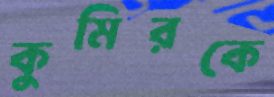
কুমিরকে